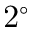
2 ^ { \circ }